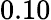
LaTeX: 0.10